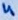
Text: 4